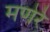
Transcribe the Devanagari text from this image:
मणेरे